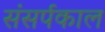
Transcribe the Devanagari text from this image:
संसर्पकाल